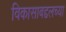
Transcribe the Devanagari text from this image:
विकासाबद्दलच्या